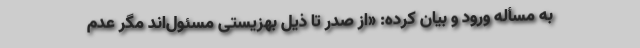
به مسأله ورود و بیان کرده: «از صدر تا ذیل بهزیستی مسئول‌اند مگر عدم